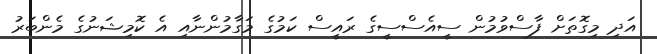
އަދި މިގޮތަށް ފާސްވުމުން ސީއެސްސީގެ ރައީސް ކަމުގެ މަގާމުންނާއި އެ ކޮމިޝަނުގެ މެންބަރު